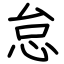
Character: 怠